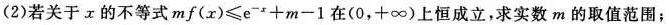
(2)若关于x的不等式$$m f ( x ) ≤ e ^ { - x } + m - 1$$在(0，+∞)上恒成立，求实数m的取值范围；